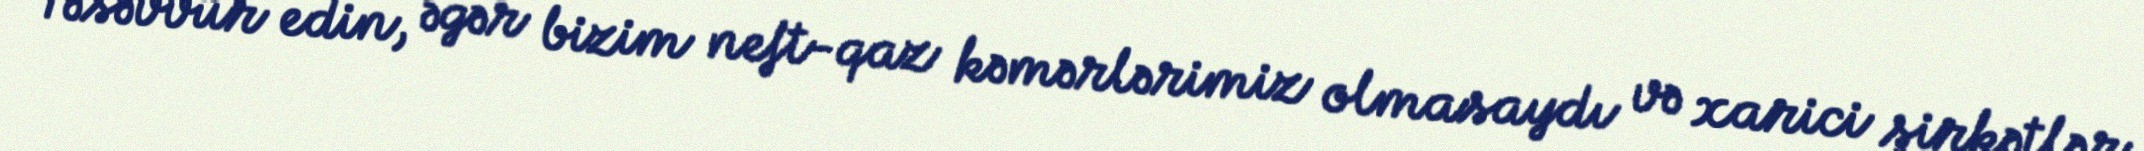
Təsəvvür edin, əgər bizim neft-qaz kəmərlərimiz olmasaydı və xarici şirkətlər